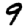
Digit: 9